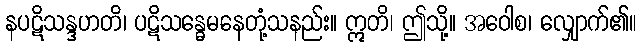
နပဋိသန္ဒဟတိ၊ ပဋိသန္ဓေမနေတုံ့သနည်း။ ဣတိ၊ ဤသို့။ အဝေါစ၊ လျှောက်၏။